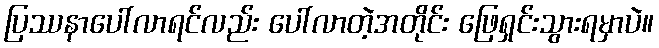
ပြဿနာပေါ်လာရင်လည်း ပေါ်လာတဲ့အတိုင်း ဖြေရှင်းသွားရမှာပဲ။